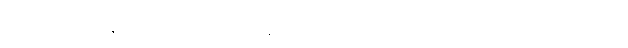
ရှင်မင်းအာက နှစ်လိုဖွယ်အပြုံးကို ပိုင်ဆိုင်ထားသလို ကိုယ့်ကိုယ်ကို ယုံကြည်မှုအပြည့်ရှိတဲ့